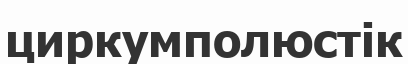
циркумполюстік